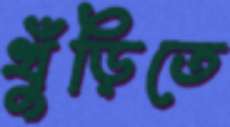
খুঁড়িতে